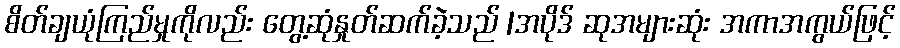
စိတ်ချယုံကြည်မှုကိုလည်း တွေ့ဆုံနှုတ်ဆက်ခဲ့သည် |အပိုဒ် ဆုအများဆုံး အကာအကွယ်ဖြင့်